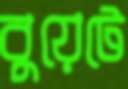
বুয়েটে